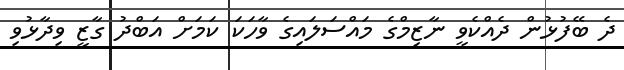
ދެ ބޭފުޅުން ދެއްކެވީ ނާޒިމްގެ މައްސަލައިގެ ވާހަކަ ކަމަށް އަބްދު ގާޒީ ވިދާޅުވި